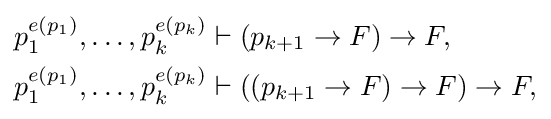
{\begin{aligned}p_{1}^{e(p_{1})},\dots ,p_{k}^{e(p_{k})}&\vdash (p_{k+1}\to F)\to F,\\p_{1}^{e(p_{1})},\dots ,p_{k}^{e(p_{k})}&\vdash ((p_{k+1}\to F)\to F)\to F,\end{aligned}}